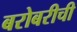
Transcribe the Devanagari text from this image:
बरोबरीची